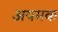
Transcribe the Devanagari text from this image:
अयमक